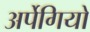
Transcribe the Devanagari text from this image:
अर्पेगियो